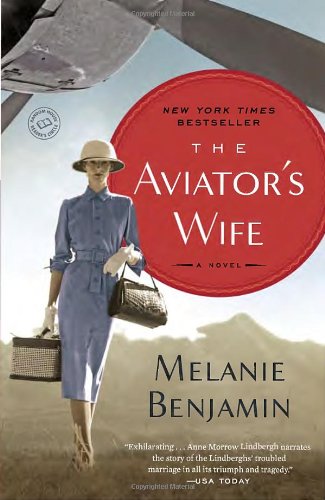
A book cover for The Aviator's Wife: A Novel; Melanie Benjamin; Literature & Fiction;